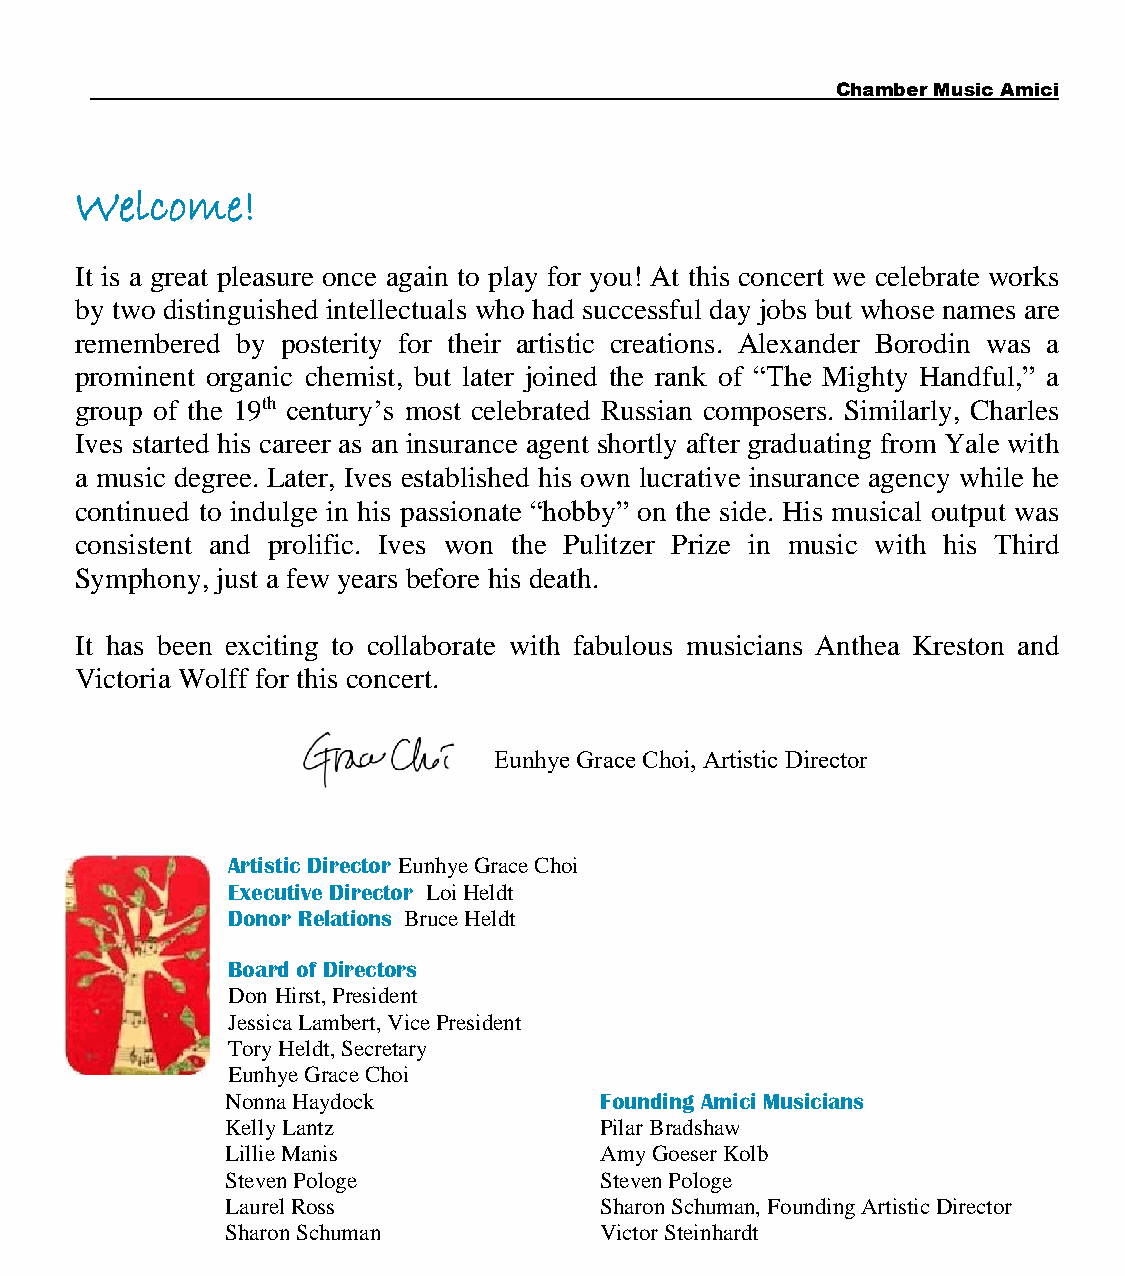
Chamber Music Amici
 Welcome!
 It is a great pleasure once again to play for you! At this concert we celebrate works
 by two distinguished intellectuals who had successful day jobs but whose names are
 remembered by posterity for their artistic creations. Alexander Borodin was a
 prominent organic chemist, but later joined the rank of “The Mighty Handful,” a
 group of the 19th century’s most celebrated Russian composers. Similarly, Charles
 Ives started his career as an insurance agent shortly after graduating from Yale with
 a music degree. Later, Ives established his own lucrative insurance agency while he
 continued to indulge in his passionate “hobby” on the side. His musical output was
 consistent and prolific. Ives won the Pulitzer Prize in music with his Third
 Symphony, just a few years before his death.
 It has been exciting to collaborate with fabulous musicians Anthea Kreston and
 Victoria Wolff for this concert.
 Eunhye Grace Choi, Artistic Director
 Artistic Director Eunhye Grace Choi
 Executive Director Loi Heldt
 Donor Relations Bruce Heldt
 Board of Directors
 Don Hirst, President
 Jessica Lambert, Vice President
 Tory Heldt, Secretary
 Eunhye Grace Choi
 Nonna Haydock            Founding Amici Musicians
 Kelly Lantz              Pilar Bradshaw
 Lillie Manis             Amy Goeser Kolb
 Steven Pologe            Steven Pologe
 Laurel Ross              Sharon Schuman, Founding Artistic Director
 Sharon Schuman           Victor Steinhardt